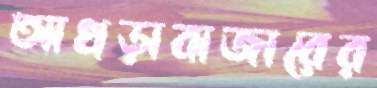
আখড়াবাজারের